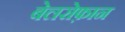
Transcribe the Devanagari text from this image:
बेलरोफ़ान